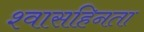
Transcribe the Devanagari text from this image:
श्वासहिनता